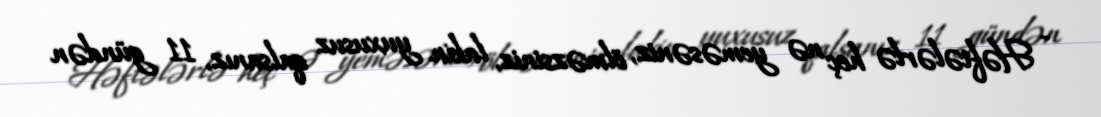
- Həftələrlə heç nə yeməsəniz, ölməzsiniz, lakin yuxusuz qalsanız, 11 gündən